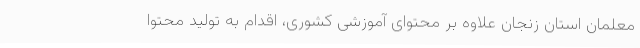
معلمان استان زنجان علاوه بر محتوای آموزشی کشوری، اقدام به تولید محتوا